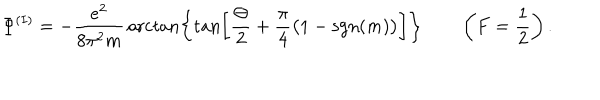
LaTeX: \Phi ^ { ( I ) } = - { \frac { e ^ { 2 } } { 8 \pi ^ { 2 } m } } \operatorname { a r c t a n } \biggl \{ \tan \biggl [ { \frac { \Theta } { 2 } } + { \frac { \pi } { 4 } } \bigl ( 1 - \mathrm { s g n } ( m ) \bigr ) \biggr ] \biggr \} \qquad \left( F = \frac { 1 } { 2 } \right) .